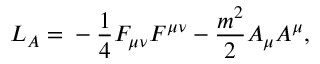
L _ { A } = \mathrm { } - \frac { 1 } { 4 } F _ { \mu \nu } F ^ { \mu \nu } - \frac { m ^ { 2 } } { 2 } A _ { \mu } A ^ { \mu } ,